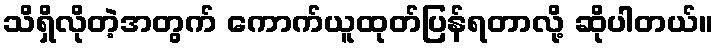
သိရှိလိုတဲ့အတွက် ကောက်ယူထုတ်ပြန်ရတာလို့ ဆိုပါတယ်။